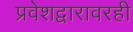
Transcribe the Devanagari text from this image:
प्रवेशद्वारावरही